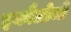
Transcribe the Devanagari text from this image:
इकौलोजी